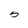
Character: 5